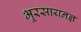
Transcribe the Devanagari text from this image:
भूरसायनज्ञ